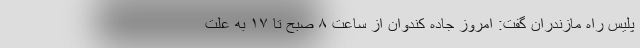
پلیس راه مازندران گفت: امروز جاده کندوان از ساعت ۸ صبح تا ۱۷ به علت